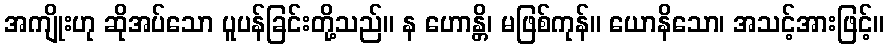
အကျိုးဟု ဆိုအပ်သော ပူပန်ခြင်းတို့သည်။ န ဟောန္တိ၊ မဖြစ်ကုန်။ ယောနိသော၊ အသင့်အားဖြင့်။